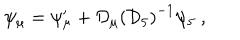
LaTeX: \psi _ { \mu } = \psi _ { \mu } ^ { \prime } + { \cal D } _ { \mu } \left( { \cal D } _ { 5 } \right) ^ { - 1 } \psi _ { 5 } \ ,